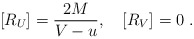
\begin{align*}[R_U] = \frac{2M}{V-u},\quad [R_V] = 0\ .\end{align*}